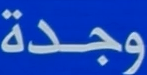
وجدة